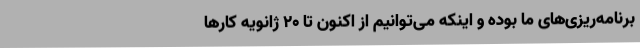
برنامه‌ریزی‌های ما بوده و اینکه می‌توانیم از اکنون تا 20 ژانویه کارها